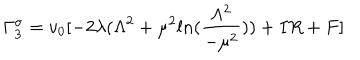
LaTeX: \Gamma _ { 3 } ^ { \sigma } = v _ { 0 } [ - 2 \lambda ( \Lambda ^ { 2 } + \mu ^ { 2 } l n ( \frac { \Lambda ^ { 2 } } { - \mu ^ { 2 } } ) ) + I R + F ]